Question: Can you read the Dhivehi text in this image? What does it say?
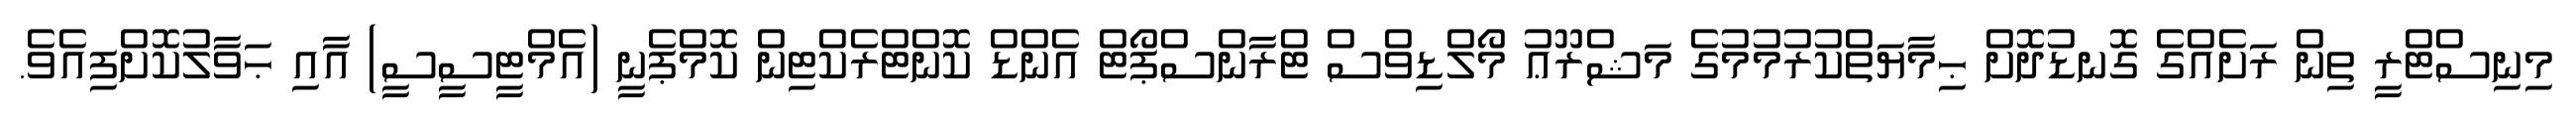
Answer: މިނިސްޓްރީ ތިން ރަށެއްގެ ގޮނޑުދޮށް ޙިމާޔަތްކުރުމުމުގެ މަޝްރޫޢު މޯލްޑިވްސް ޓްރާންސްޕޯޓް އެންޑް ކޮންޓްރެކްޓިން ކޮމްޕެނީ (އެމްޓީސީސީ) އާއި ޙަވާލުކޮށްފިއެވެ.